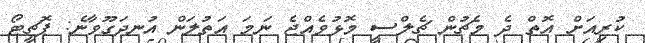
ކުރިއަށް އޮތް ދެ މެޗުން ޗެލްސީ މޮޅުވެއްޖެ ނަމަ އަތުލަން އުނދަގޫވާނެ: ޕޮޗީޓޯ